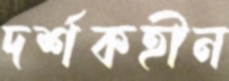
দর্শকহীন